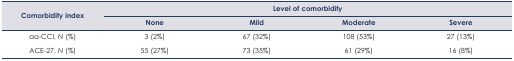
<table><thead><tr><td rowspan="3"><b>Comorbidity index</b></td><td colspan="4"><b>Level of comorbidity</b></td></tr><tr><td><b>None</b></td><td><b>Mild</b></td><td><b>Moderate</b></td><td><b>Severe</b></td></tr></thead><tbody><tr><td>aa-CCI, <i>N</i> (%)</td><td>3 (2%)</td><td>67 (32%)</td><td>108 (53%)</td><td>27 (13%)</td></tr><tr><td>ACE-27, <i>N</i> (%)</td><td>55 (27%)</td><td>73 (35%)</td><td>61 (29%)</td><td>16 (8%)</td></tr></tbody></table>